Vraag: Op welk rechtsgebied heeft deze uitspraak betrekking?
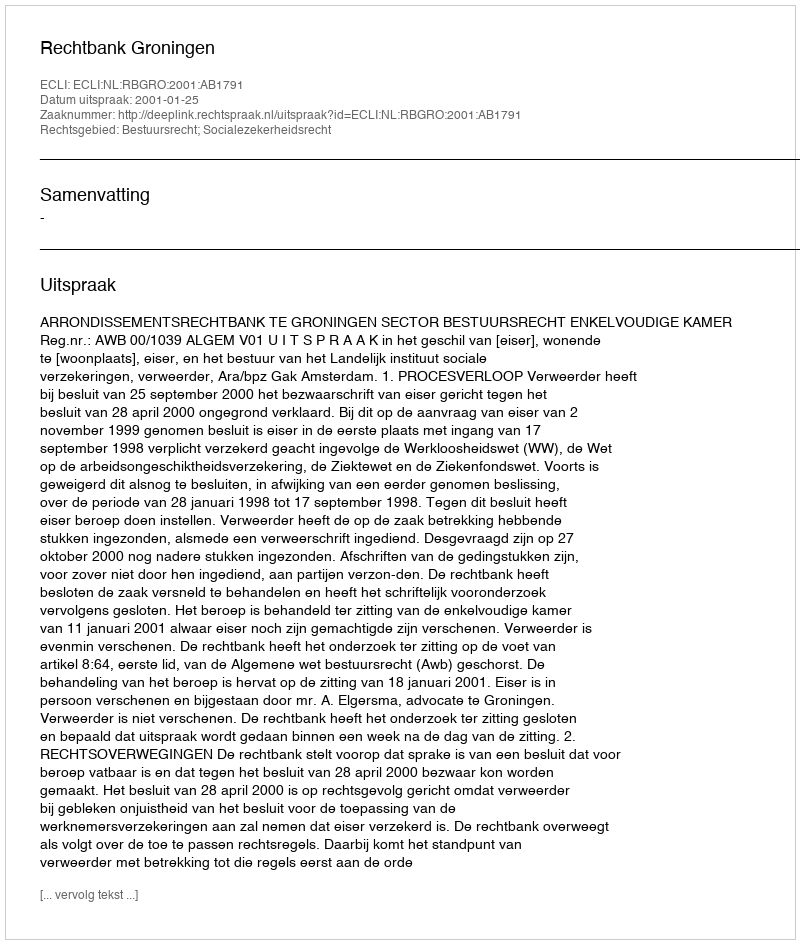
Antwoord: Bestuursrecht; Socialezekerheidsrecht